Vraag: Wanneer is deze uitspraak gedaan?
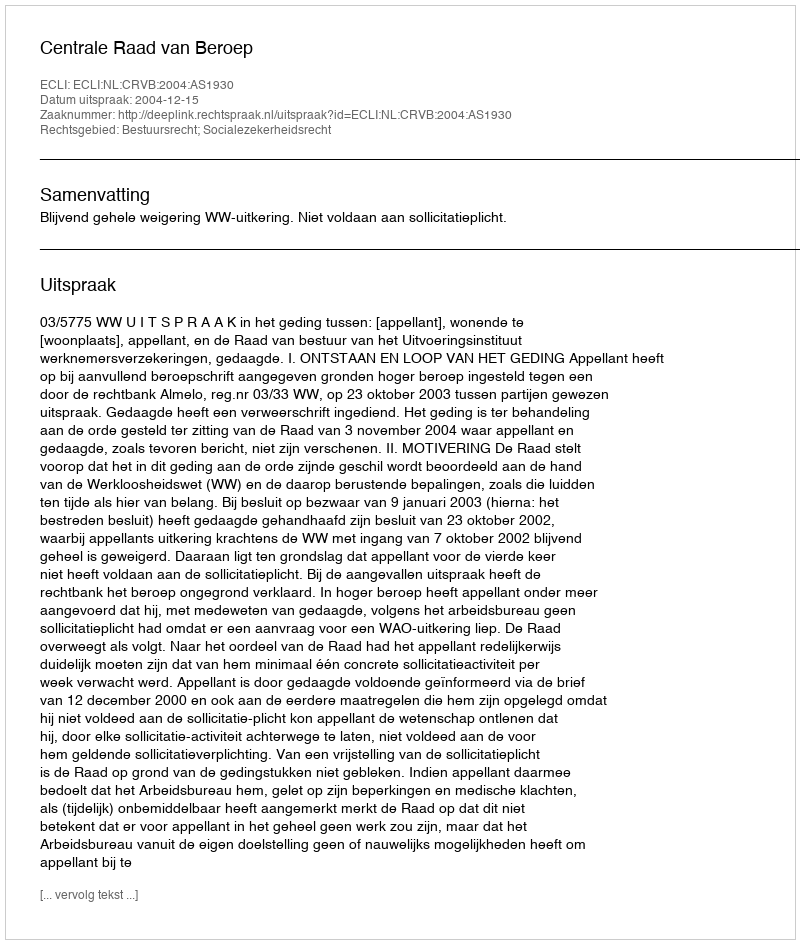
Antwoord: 2004-12-15